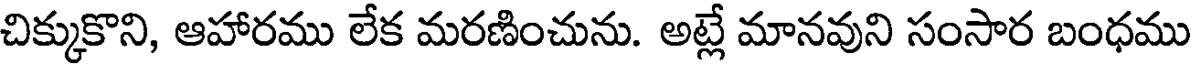
చిక్కుకొని, ఆహారము లేక మరణించును. అట్లే మానవుని సంసార బంధము